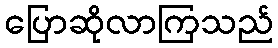
ပြောဆိုလာကြသည်